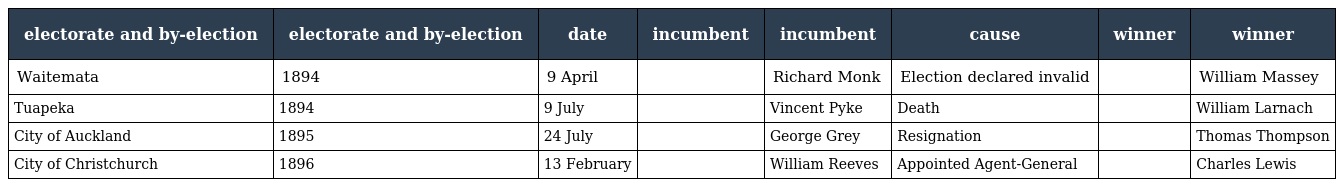
| electorate and by-election | electorate and by-election | date | incumbent | incumbent | cause | winner | winner |
 | --- | --- | --- | --- | --- | --- | --- | --- |
 | Waitemata | 1894 | 9 April |  | Richard Monk | Election declared invalid |  | William Massey |
 | Tuapeka | 1894 | 9 July |  | Vincent Pyke | Death |  | William Larnach |
 | City of Auckland | 1895 | 24 July |  | George Grey | Resignation |  | Thomas Thompson |
 | City of Christchurch | 1896 | 13 February |  | William Reeves | Appointed Agent-General |  | Charles Lewis |